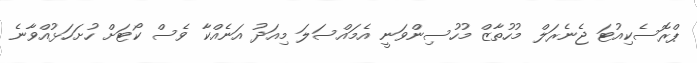
ޕްރޮސެކިއުޓަ ޖެނެރަލް މުހުތާޒް މުހުސިންވަނީ އެމައްސަލަ މިއަދު އަނެއްކާ ވެސް ކޯޓަށް ހުށަހަޅުއްވާނެ